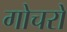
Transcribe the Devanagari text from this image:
गोचरों